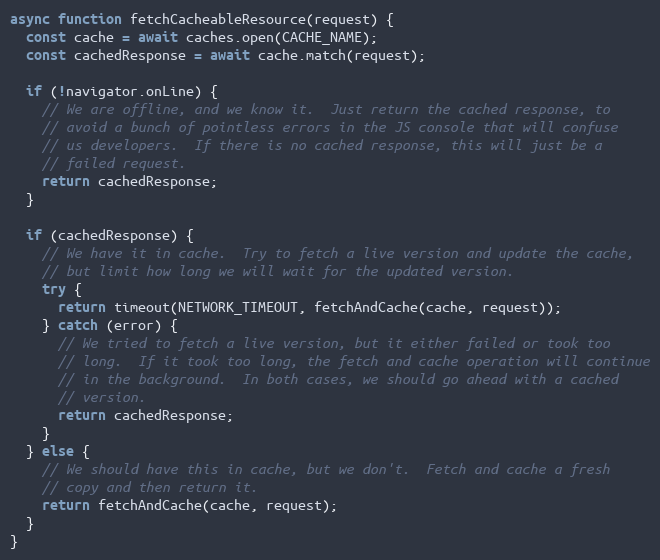
Language: JavaScript
async function fetchCacheableResource(request) {
  const cache = await caches.open(CACHE_NAME);
  const cachedResponse = await cache.match(request);

  if (!navigator.onLine) {
    // We are offline, and we know it.  Just return the cached response, to
    // avoid a bunch of pointless errors in the JS console that will confuse
    // us developers.  If there is no cached response, this will just be a
    // failed request.
    return cachedResponse;
  }

  if (cachedResponse) {
    // We have it in cache.  Try to fetch a live version and update the cache,
    // but limit how long we will wait for the updated version.
    try {
      return timeout(NETWORK_TIMEOUT, fetchAndCache(cache, request));
    } catch (error) {
      // We tried to fetch a live version, but it either failed or took too
      // long.  If it took too long, the fetch and cache operation will continue
      // in the background.  In both cases, we should go ahead with a cached
      // version.
      return cachedResponse;
    }
  } else {
    // We should have this in cache, but we don't.  Fetch and cache a fresh
    // copy and then return it.
    return fetchAndCache(cache, request);
  }
}